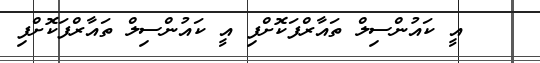
އީ ކައުންސިލް ތައާރްފަކޮށްފި އީ ކައުންސިލް ތައާރްފަކޮށްފި